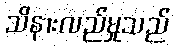
သိနားလည်မှုသည်